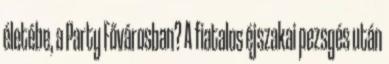
életébe, a Party Fővárosban? A fiatalos éjszakai pezsgés után